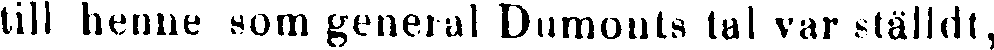
till henne som general Dumonts tal var ställdt,